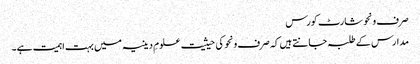
صرف ونحو شارٹ کورس
مدارس کے طلبہ جانتے ہیں کہ صرف ونحو کی حیثیت علومِ دینیہ میں بہت اہمیت ہے۔